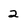
Character: 2